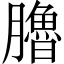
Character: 𦢞